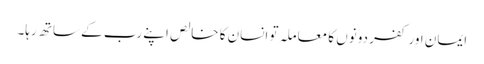
ایمان اور کفر دونوں کا معاملہ تو انسان کا خالص اپنے رب کے ساتھ رہا۔